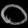
Digit: ၀